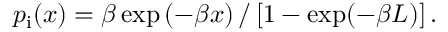
\begin{array} { r } { p _ { \mathrm { i } } ( x ) = \beta \exp \left( - \beta x \right) / \left[ 1 - \exp ( - \beta L ) \right] . } \end{array}